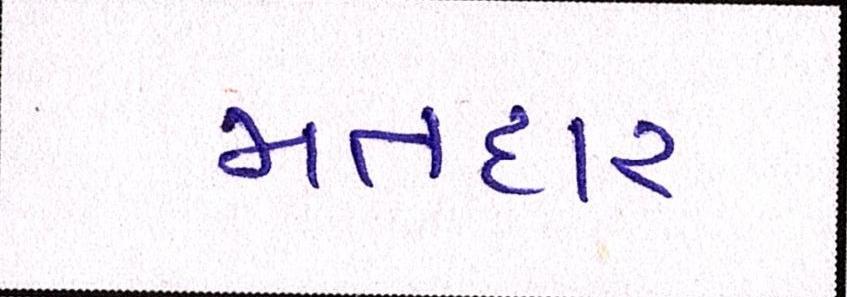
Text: મતદાર